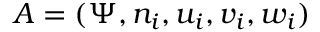
A = ( \Psi , n _ { i } , u _ { i } , v _ { i } , w _ { i } )